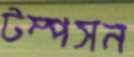
টম্পসন